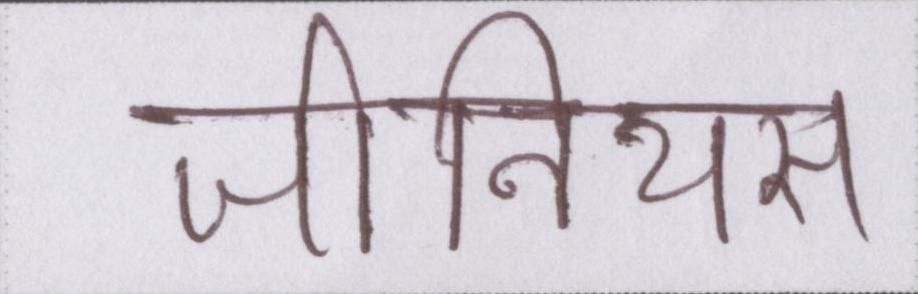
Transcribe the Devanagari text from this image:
जीनियस